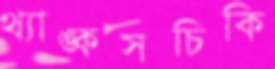
থ্যাঙ্কসচিকি